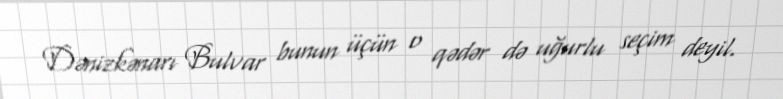
Dənizkənarı Bulvar bunun üçün o qədər də uğurlu seçim deyil.